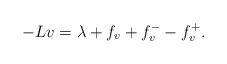
\begin{align*}-Lv=\lambda+f_{v}+f_{v}^{-}-f_v^{+}.\end{align*}